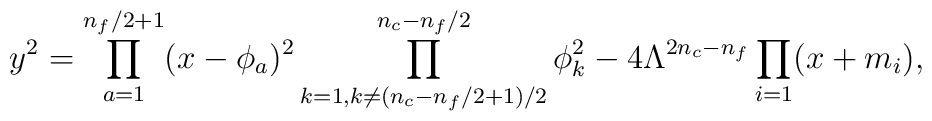
y^2 = \prod_{a=1}^{n_f/2+1} (x-\phi_a)^2    \prod_{k=1, k\neq (n_c-n_f/2+1)/2}^{n_c-n_f/2} \phi_k^2    - 4 \Lambda^{2n_c-n_f} \prod_{i=1} (x+m_i),